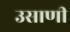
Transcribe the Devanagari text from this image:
उसाणी